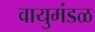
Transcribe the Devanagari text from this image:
वायुमंडळ